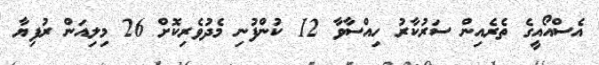
އެސްއޯއީގެ ތެރެއިން ސަރުކާރު ހިއްސާވާ 12 ކުންފުނި މެދުވެރިކޮށް 26 މިލިއަން ރުފިޔާ